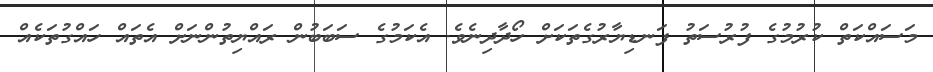
މަސައްކަތް ކުރުމުގެ ފުރުސަތު ފަނޑިޔާރުގެތަކަށް ހޯދާދިނެވެ. އެކަމުގެ ސަބަބުން ރައްޔިތުންނަށް އެތައް ހައްގުތަކެއްް